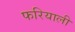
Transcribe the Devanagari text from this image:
फरियाली